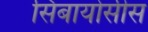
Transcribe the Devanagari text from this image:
सिंबायोसीस